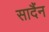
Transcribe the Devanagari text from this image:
सादैंन